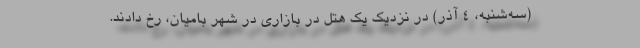
(سه‌شنبه، ۴ آذر) در نزدیک یک هتل در بازاری در شهر بامیان، رخ دادند.